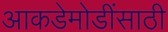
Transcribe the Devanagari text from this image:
आकडेमोडींसाठी